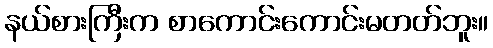
နယ်စားကြီးက စာကောင်းကောင်းမတတ်ဘူး။